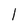
Character: l